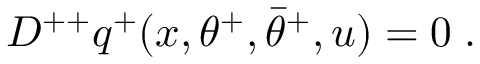
D ^ { + + } q ^ { + } ( x , \theta ^ { + } , \bar { \theta } ^ { + } , u ) = 0 \; .